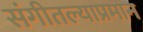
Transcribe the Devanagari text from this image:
संगीतल्याप्रमान